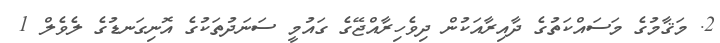
2. މަޤާމުގެ މަސައްކަތުގެ ދާއިރާއަކުން ދިވެހިރާއްޖޭގެ ގައުމީ ސަނަދުތަކުގެ އޮނިގަނޑުގެ ލެވެލް 1